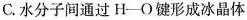
C.水分子间通过H-O键形成冰晶体